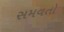
સમવતો